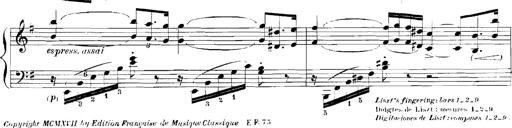
Title: Rhapsodies hongroises
Composer: Franz Liszt